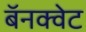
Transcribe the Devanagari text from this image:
बॅनक्वेट